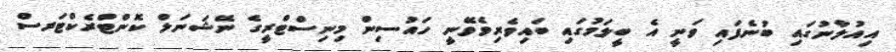
އިއުލާނުގައި ބުނެފައި ވަނީ އެ ބީލަމުގައި ބައިވެރިވެވޭނީ ހައުސިން މިނިސްޓްރީގެ ނޭޝަނަލް ކޮންޓްރެކްޓަރސް